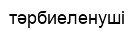
тәрбиеленуші